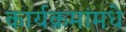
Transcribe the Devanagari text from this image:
कार्यक्रमांमधे